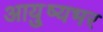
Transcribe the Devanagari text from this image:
आयु़्ष्यभर